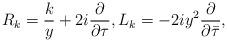
LaTeX: \begin{align*} R_k=\frac ky+2i\frac{\partial}{\partial\tau},L_k=-2iy^2\frac{\partial}{\partial\bar\tau},\end{align*}